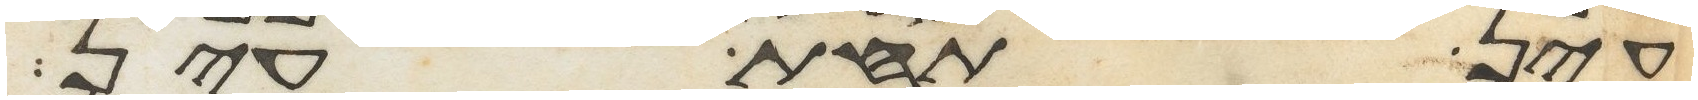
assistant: עין תחת עין